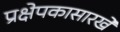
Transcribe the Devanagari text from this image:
प्रक्षेपकासारखे